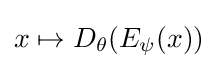
x\mapsto D_{\theta }(E_{\psi }(x))